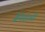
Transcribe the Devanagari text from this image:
ग्रेनेडाची